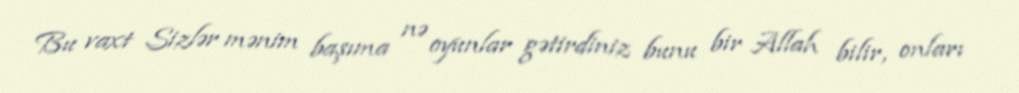
Bu vaxt Sizlər mənim başıma nə oyunlar gətirdiniz bunu bir Allah bilir, onları